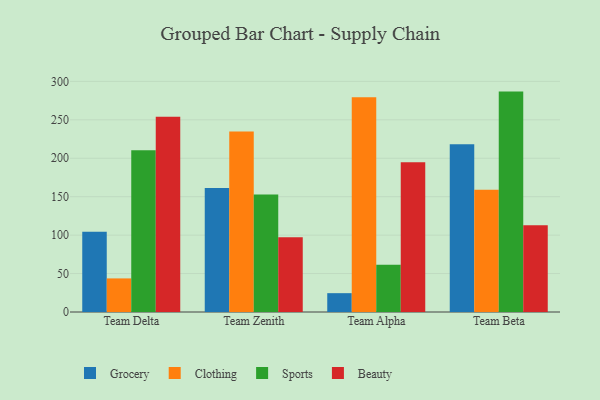
{"axis": {"x": "Team", "y": "Energy Usage (MWh)"}, "legend": ["Beauty", "Clothing", "Grocery", "Sports"], "data": [{"x": "Team Delta", "y": 104.3, "type": "Grocery"}, {"x": "Team Delta", "y": 43.7, "type": "Clothing"}, {"x": "Team Delta", "y": 210.3, "type": "Sports"}, {"x": "Team Delta", "y": 254.0, "type": "Beauty"}, {"x": "Team Zenith", "y": 161.4, "type": "Grocery"}, {"x": "Team Zenith", "y": 234.9, "type": "Clothing"}, {"x": "Team Zenith", "y": 152.9, "type": "Sports"}, {"x": "Team Zenith", "y": 97.2, "type": "Beauty"}, {"x": "Team Alpha", "y": 24.5, "type": "Grocery"}, {"x": "Team Alpha", "y": 279.4, "type": "Clothing"}, {"x": "Team Alpha", "y": 61.5, "type": "Sports"}, {"x": "Team Alpha", "y": 194.9, "type": "Beauty"}, {"x": "Team Beta", "y": 218.3, "type": "Grocery"}, {"x": "Team Beta", "y": 159.0, "type": "Clothing"}, {"x": "Team Beta", "y": 286.7, "type": "Sports"}, {"x": "Team Beta", "y": 112.7, "type": "Beauty"}]}